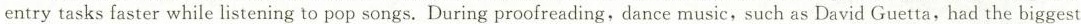
entry tasks faster while listening to pop songs. During proofreading,dance music, such as David Guetta, had the biggest